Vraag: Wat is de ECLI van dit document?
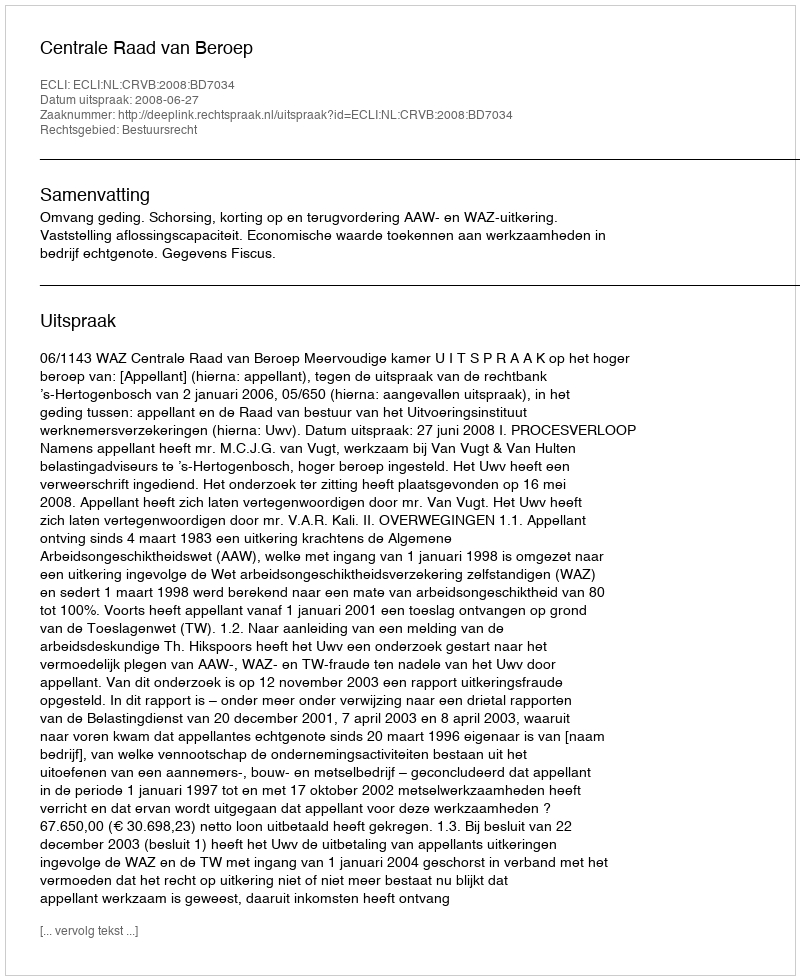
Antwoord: ECLI:NL:CRVB:2008:BD7034